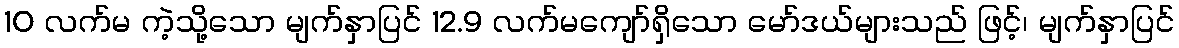
10 လက်မ ကဲ့သို့သော မျက်နှာပြင် 12.9 လက်မကျော်ရှိသော မော်ဒယ်များသည် ဖြင့်၊ မျက်နှာပြင်